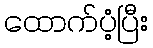
ထောက်ပံ့ပြီး